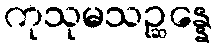
ကုသုမသဉ္ဆန္နေ